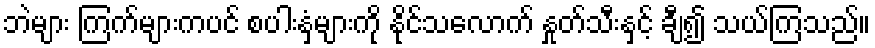
ဘဲများ ကြက်များကပင် စပါးနှံများကို နိုင်သလောက် နှုတ်သီးနှင့် ချီ၍ သယ်ကြသည်။